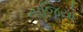
તાજિયો